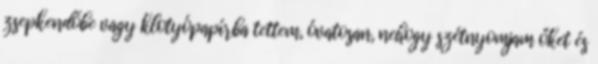
zsepkendőbe vagy klotyópapírba tettem, óvatosan, nehogy szétnyomjam őket és